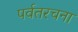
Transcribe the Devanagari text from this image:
पर्वतरचना